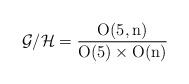
LaTeX: \begin{align*}{\cal G}/{\cal H}= \frac{\mathrm{O(5,n)}}{\mathrm{O(5)}\times \mathrm{O(n)}}\end{align*}